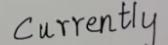
Currently